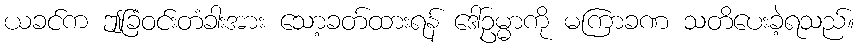
ယခင်က ဤခြံဝင်းတံခါးအား သော့ခတ်ထားရန် ဒေါ်ဥမ္မာကို မကြာခဏ သတိပေးခဲ့ရသည်။